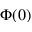
\Phi ( 0 )